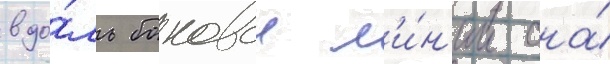
вдо́ль боковои л'и́н'ии она́